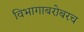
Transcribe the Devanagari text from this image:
विभागाबरोबरच